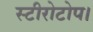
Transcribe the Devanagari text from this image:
स्टीरोटोप।